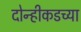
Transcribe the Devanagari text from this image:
दोन्हीकडच्या